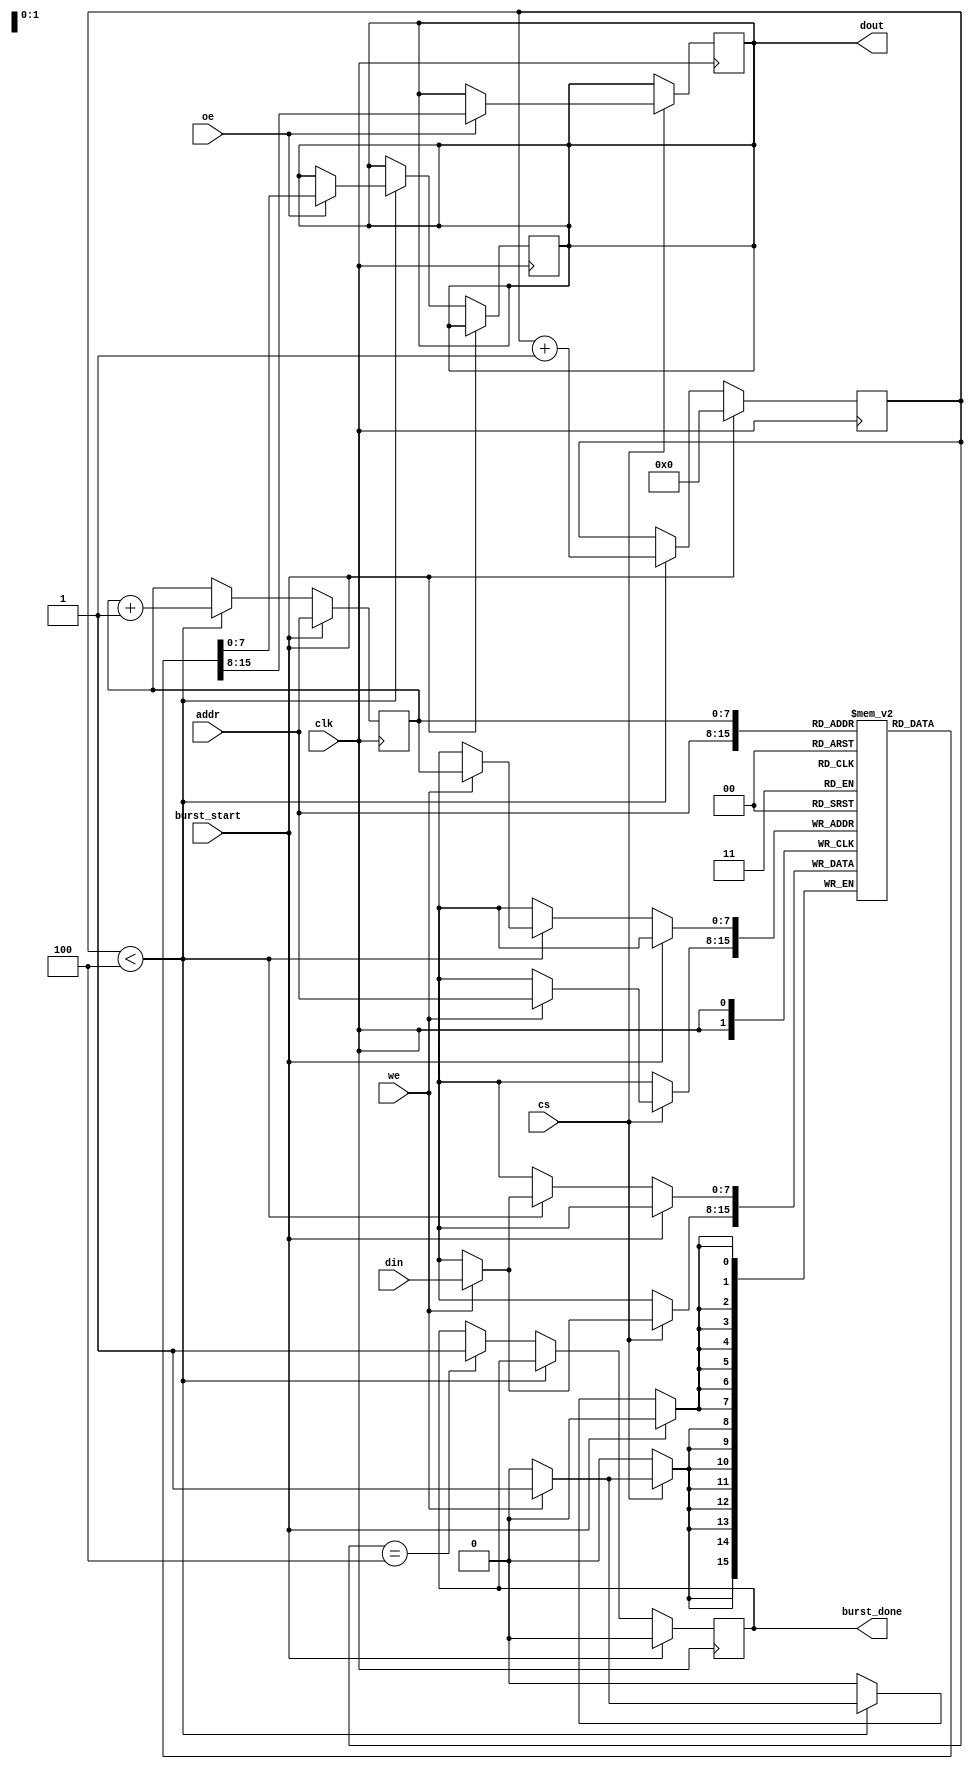
module BurstSRAM #(
    parameter ADDR_WIDTH = 8, // Address width (for 256x256 bits)
    parameter DATA_WIDTH = 8,  // Data bus width (8, 16, or 32 bits)
    parameter BURST_LENGTH = 4  // Configurable burst length
)(
    input wire clk,               // Clock signal
    input wire cs,                // Chip Select
    input wire we,                // Write Enable
    input wire oe,                // Output Enable
    input wire [ADDR_WIDTH-1:0] addr, // Address input
    input wire [DATA_WIDTH-1:0] din,   // Data input
    output reg [DATA_WIDTH-1:0] dout,   // Data output
    input wire burst_start,       // Signal to start burst operation
    output reg burst_done         // Signal to indicate burst operation completion
);

    // Memory array declaration
    reg [DATA_WIDTH-1:0] memory [0:(1 << ADDR_WIDTH)-1]; // 256 x 256 bits

    // Internal signals for burst operation
    reg [ADDR_WIDTH-1:0] burst_addr;
    reg [3:0] burst_counter; // Counter for burst length

    // Read and Write operations
    always @(posedge clk) begin
        if (cs) begin
            if (we) begin
                // Write operation
                memory[addr] <= din;
            end
            if (oe) begin
                // Read operation
                dout <= memory[addr];
            end
        end
    end

    // Burst operation
    always @(posedge clk) begin
        if (burst_start) begin
            burst_addr <= addr; // Start address for burst
            burst_counter <= 0;  // Reset burst counter
            burst_done <= 0;     // Reset done signal
        end else if (burst_counter < BURST_LENGTH) begin
            if (we) begin
                // Write burst operation
                memory[burst_addr] <= din; // Write data to memory
            end
            if (oe) begin
                // Read burst operation
                dout <= memory[burst_addr]; // Read data from memory
            end
            burst_addr <= burst_addr + 1; // Increment address for burst
            burst_counter <= burst_counter + 1; // Increment burst counter
        end else if (burst_counter == BURST_LENGTH) begin
            burst_done <= 1; // Set done signal when burst is complete
        end
    end

    // Optional: Power management and error correction can be added here

endmodule